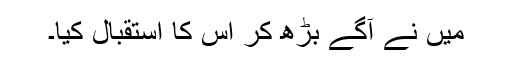
میں نے آگے بڑھ کر اس کا استقبال کیا۔